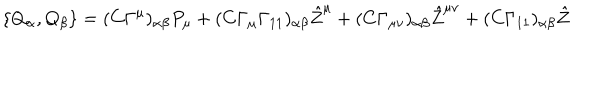
LaTeX: \{ Q _ { \alpha } , Q _ { \beta } \} = ( C \Gamma ^ { \mu } ) _ { \alpha \beta } P _ { \mu } + ( C \Gamma _ { \mu } \Gamma _ { 1 1 } ) _ { \alpha \beta } { \hat { Z } } ^ { \mu } + ( C \Gamma _ { \mu \nu } ) _ { \alpha \beta } { \hat { Z } } ^ { \mu \nu } + ( C \Gamma _ { 1 1 } ) _ { \alpha \beta } { \hat { Z } } \quad